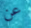
عن